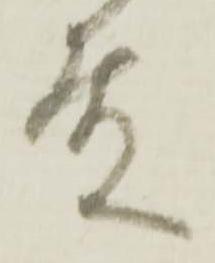
殿